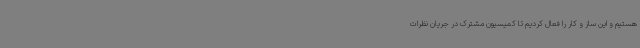
هستیم و این ساز و کار را فعال کردیم تا کمیسیون مشترک در جریان نظرات